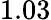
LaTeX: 1.03